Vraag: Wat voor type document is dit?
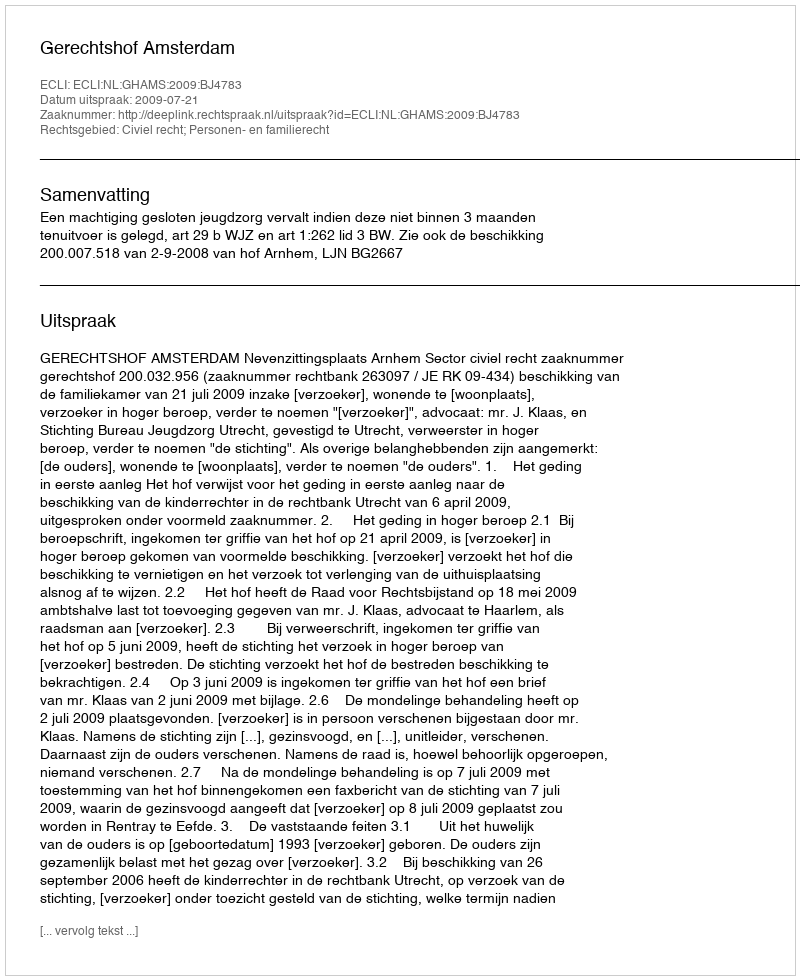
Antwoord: Uitspraak